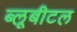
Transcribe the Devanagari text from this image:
ब्‍लूबीटल